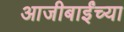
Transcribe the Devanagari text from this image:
आजीबाईंच्या